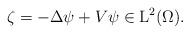
\begin{align*}\zeta=-\Delta\psi+V\psi\in\mathrm{L}^2(\Omega).\end{align*}